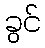
ခွင်